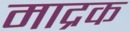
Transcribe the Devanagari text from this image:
माद्रक